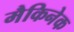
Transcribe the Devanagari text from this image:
मैकिनेक